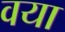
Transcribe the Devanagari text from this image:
वया